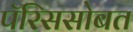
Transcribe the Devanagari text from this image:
पॅरिससोबत